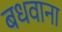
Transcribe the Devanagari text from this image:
बधवाना